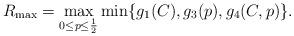
LaTeX: \begin{align*}R_{\max}=\max_{0\leq p\leq \frac{1}{2}}\min\{g_1(C),g_3(p),g_4(C,p)\}.\end{align*}